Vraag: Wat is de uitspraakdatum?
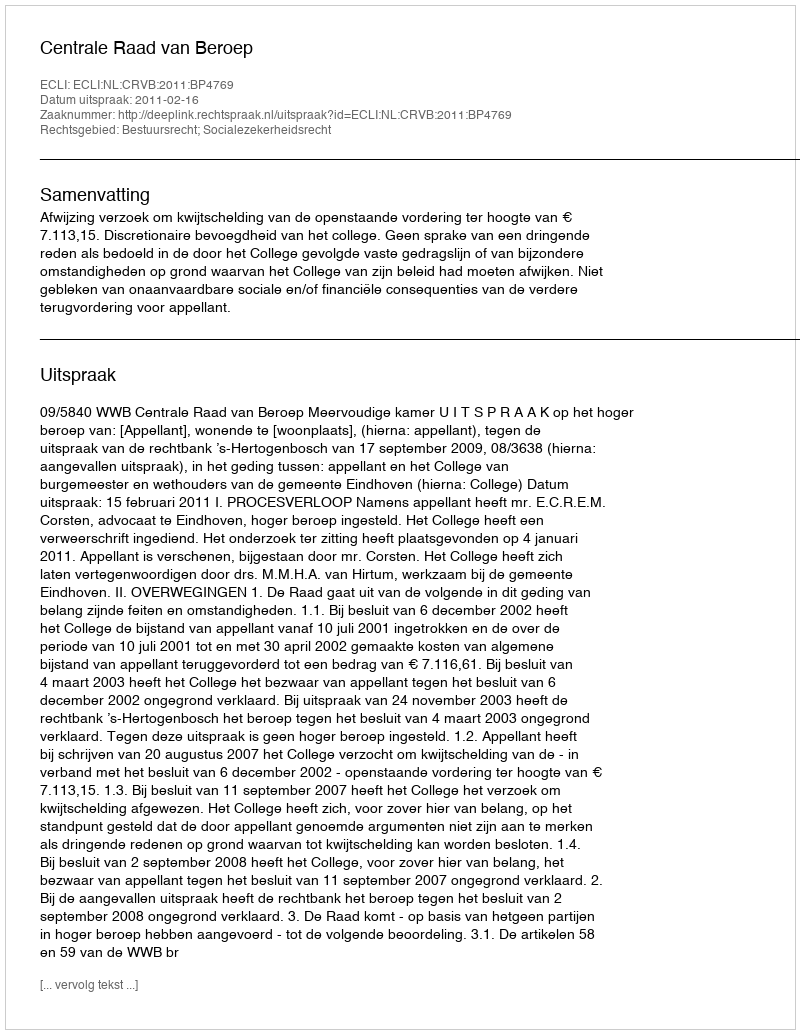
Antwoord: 2011-02-16